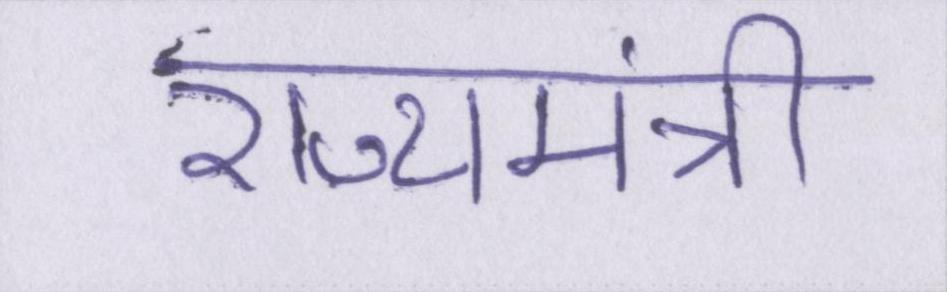
राज्यमंत्री